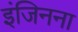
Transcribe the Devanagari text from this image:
इंजिनना